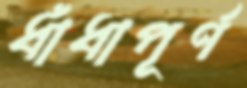
ধাঁধাপূর্ণ